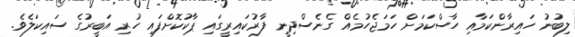
ލިބުނު ހައިރާންކަމާއި ހާސްކަމަށް ހަމަޖެހުމެއް ގެނެސްދިނީ ފާރުކައިރީގައި ޕާކުކޮށްފައި ހުރި އަބީރުގެ ސައިކަލެވެ.